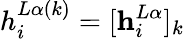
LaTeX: h_{i}^{L\alpha(k)}=[\mathbf{h}_{i}^{L\alpha}]_{k}